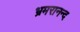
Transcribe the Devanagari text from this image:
भ्रमरानन्‍द